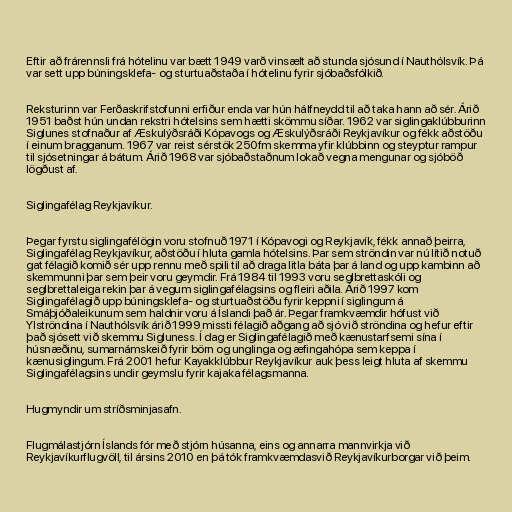
Eftir að frárennsli frá hótelinu var bætt 1949 varð vinsælt að stunda sjósund í Nauthólsvík. Þá
var sett upp búningsklefa- og sturtuaðstaða í hótelinu fyrir sjóbaðsfólkið.

Reksturinn var Ferðaskrifstofunni erfiður enda var hún hálfneydd til að taka hann að sér. Árið
1951 baðst hún undan rekstri hótelsins sem hætti skömmu síðar. 1962 var siglingaklúbburinn
Siglunes stofnaður af Æskulýðsráði Kópavogs og Æskulýðsráði Reykjavíkur og fékk aðstöðu
í einum bragganum. 1967 var reist sérstök 250fm skemma yfir klúbbinn og steyptur rampur
til sjósetningar á bátum. Árið 1968 var sjóbaðstaðnum lokað vegna mengunar og sjóböð
lögðust af.

Siglingafélag Reykjavíkur.

Þegar fyrstu siglingafélögin voru stofnuð 1971 í Kópavogi og Reykjavík, fékk annað þeirra,
Siglingafélag Reykjavíkur, aðstöðu í hluta gamla hótelsins. Þar sem ströndin var nú lítið notuð
gat félagið komið sér upp rennu með spili til að draga litla báta þar á land og upp kambinn að
skemmunni þar sem þeir voru geymdir. Frá 1984 til 1993 voru seglbrettaskóli og
seglbrettaleiga rekin þar á vegum siglingafélagsins og fleiri aðila. Árið 1997 kom
Siglingafélagið upp búningsklefa- og sturtuaðstöðu fyrir keppni í siglingum á
Smáþjóðaleikunum sem haldnir voru á Íslandi það ár. Þegar framkvæmdir hófust við
Ylströndina í Nauthólsvík árið 1999 missti félagið aðgang að sjó við ströndina og hefur eftir
það sjósett við skemmu Sigluness. Í dag er Siglingafélagið með kænustarfsemi sína í
húsnæðinu, sumarnámskeið fyrir börn og unglinga og æfingahópa sem keppa í
kænusiglingum. Frá 2001 hefur Kayakklúbbur Reykjavíkur auk þess leigt hluta af skemmu
Siglingafélagsins undir geymslu fyrir kajaka félagsmanna.

Hugmyndir um stríðsminjasafn.

Flugmálastjórn Íslands fór með stjórn húsanna, eins og annarra mannvirkja við
Reykjavíkurflugvöll, til ársins 2010 en þá tók framkvæmdasvið Reykjavíkurborgar við þeim.